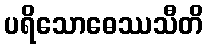
ပရိသောဓေဿသီတိ